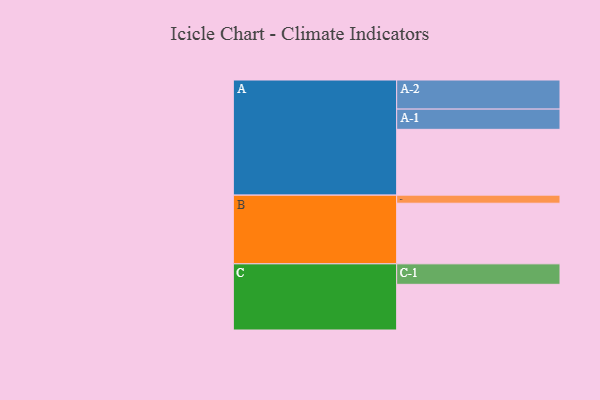
{"axis": {"x": "Segment", "y": "Value"}, "legend": ["", "A", "B", "C"], "data": [{"x": "A", "y": 520, "type": ""}, {"x": "B", "y": 479, "type": ""}, {"x": "C", "y": 361, "type": ""}, {"x": "A-1", "y": 160, "type": "A"}, {"x": "A-2", "y": 230, "type": "A"}, {"x": "B-1", "y": 64, "type": "B"}, {"x": "C-1", "y": 162, "type": "C"}]}